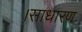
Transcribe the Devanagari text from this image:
।साधारण